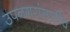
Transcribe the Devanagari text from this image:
उपनगरांसाठीच